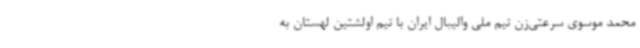
محمد موسوی سرعتی‌زن تیم ملی والیبال ایران با تیم اولشتین لهستان به